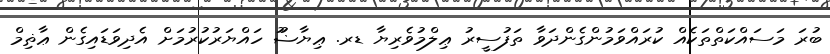
ބުރަ މަސައްކަތްތަކެއް ކުރައްވަމުންގެންދަވާ ތަފުސީރު ޢިލްމުވެރިޔާ ޑރ. ޢިޔާޟުު ހައްޔަރުުކުރުމަށް އެދިވަޑައިގެން ޢާޡިމް